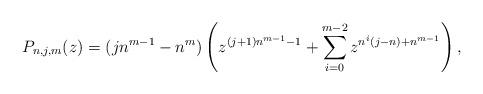
LaTeX: \begin{align*}P_{n,j,m}(z)=(jn^{m-1}-n^m)\left(z^{(j+1)n^{m-1}-1}+\sum_{i=0}^{m-2}z^{n^i(j-n)+n^{m-1}}\right),\end{align*}